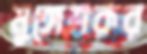
মুঙ্গেশকর